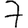
Digit: 7